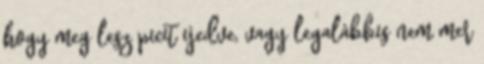
hogy meg lesz picit ijedve, vagy legalábbis nem mer